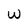
Character: w